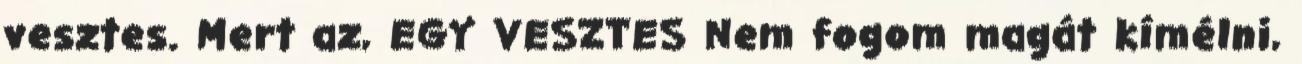
vesztes. Mert az, EGY VESZTES Nem fogom magát kímélni,